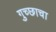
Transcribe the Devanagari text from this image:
गुच्छाचा